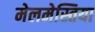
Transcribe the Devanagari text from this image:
मेलमेस्तिया